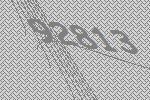
92813